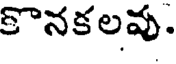
కొనకలవు.